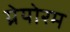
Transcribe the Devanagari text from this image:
ग्रेयोरम